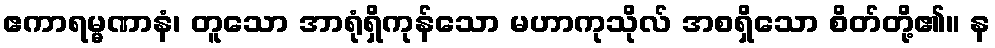
ဧကာရမ္မဏာနံ၊ တူသော အာရုံရှိကုန်သော မဟာကုသိုလ် အစရှိသော စိတ်တို့၏။ န